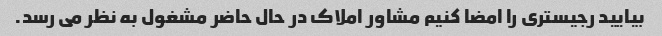
بیایید رجیستری را امضا کنیم مشاور املاک در حال حاضر مشغول به نظر می رسد.